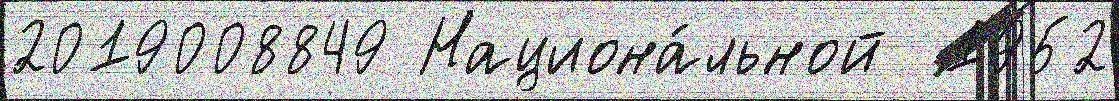
2019008849 Национа́льной  1952